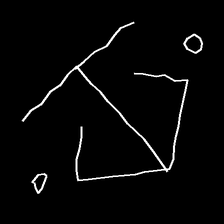
Glyph: earth